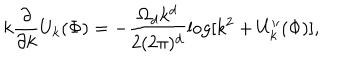
LaTeX: k \frac { \partial } { \partial k } U _ { k } ( \Phi ) = - \frac { \Omega _ { d } k ^ { d } } { 2 ( 2 \pi ) ^ { d } } \log [ k ^ { 2 } + U _ { k } ^ { \prime \prime } ( \Phi ) ] ,